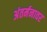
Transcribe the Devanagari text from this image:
अंतर्मनावर